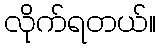
လိုက်ရတယ်။